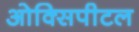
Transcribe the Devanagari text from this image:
ओक्सिपीटल